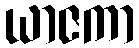
ယာဇကာ